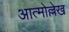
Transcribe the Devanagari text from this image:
आत्मोल्लेख